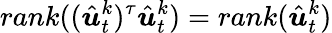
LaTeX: rank((\hat{\boldsymbol{u}}_{t}^{k})^{\tau}\hat{\boldsymbol{u}}_{t}^{k})=rank(\hat{\boldsymbol{u}}_{t}^{k})